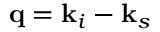
\mathbf { q } = \mathbf { k } _ { i } - \mathbf { k } _ { s }